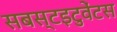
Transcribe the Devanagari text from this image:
सबस्टइटुवेंटस